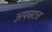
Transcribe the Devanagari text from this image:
अपघटत